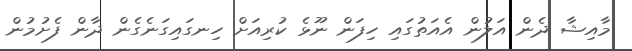
މާއިޝާ ދެން އަލުން އެއަތުގައި ހިފަން ނޫޅެ ކުރިއަށް ހިނގައިގަނެގެން ދާން ފެށުމުން